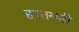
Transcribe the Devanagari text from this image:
हरतगड़ी